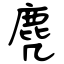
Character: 麂